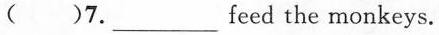
( )7.___feed the monkeys.